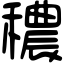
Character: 穠